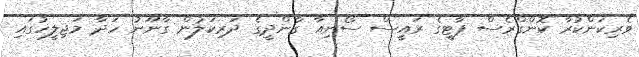
ވެރިކަންކުރާ ކޮންގްރެސް ޕާޓީގެ ރައީސް ސޯނިއާ ގާންދީގެ ދަރިކަލުން ގާނޫނު ހަދާ މަޖިލީހުގައި